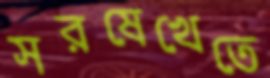
সরষেখেতে